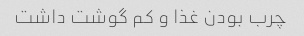
چرب بودن غذا و کم گوشت داشت